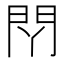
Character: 𰿛